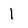
Character: 1